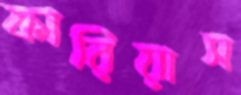
ফারিয়াস